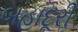
બહાદૂરીૢ